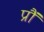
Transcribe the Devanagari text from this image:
प्रौं